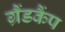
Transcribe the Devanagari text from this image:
ग्रैंडकैंप